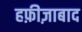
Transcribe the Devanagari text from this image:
हफ़ीज़ाबाद